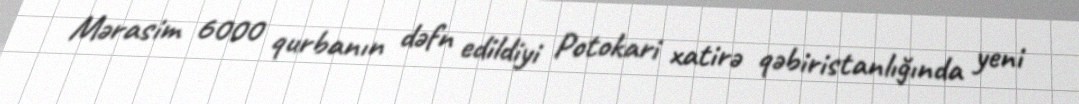
Mərasim 6000 qurbanın dəfn edildiyi Potokari xatirə qəbiristanlığında yeni